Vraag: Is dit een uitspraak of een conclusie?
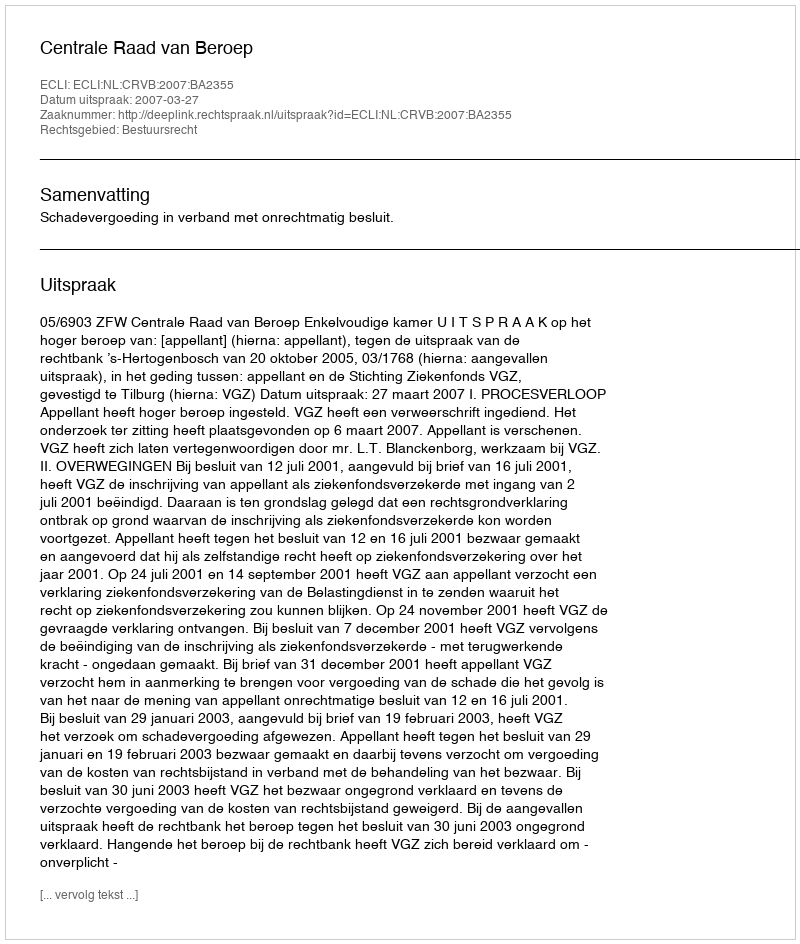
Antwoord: Uitspraak